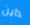
داين